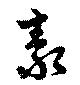
泰